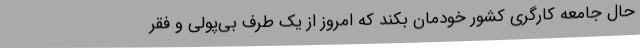
حال جامعه کارگری کشور خودمان بکند که امروز از یک طرف بی‌پولی و فقر